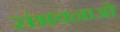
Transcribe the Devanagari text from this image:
संभवनाओं